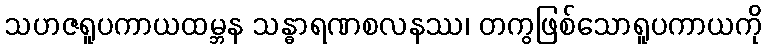
သဟဇရူပကာယထမ္ဘန သန္ဓာရဏစလနဿ၊ တကွဖြစ်သောရူပကာယကို